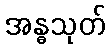
အန္ဓသုတ်